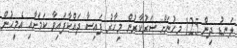
ލަނޑު ދިން 125 މީހުނަށް ސަރުކާރުން މިހާރު ފައިސާ ދައްކާފައިވާ ކަމަށާއި އެމީހުން